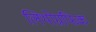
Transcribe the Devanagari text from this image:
लिथोग्रफिक